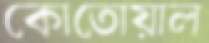
কোতোয়াল